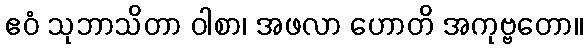
ဧဝံ သုဘာသိတာ ဝါစာ၊ အဖလာ ဟောတိ အကုဗ္ဗတော။